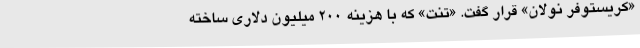
«کریستوفر نولان» قرار گفت. «تنت» که با هزینه 200 میلیون دلاری ساخته